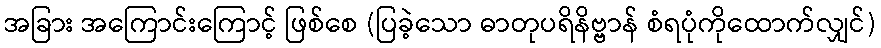
အခြား အကြောင်းကြောင့် ဖြစ်စေ (ပြခဲ့သော ဓာတုပရိနိဗ္ဗာန် စံရပုံကိုထောက်လျှင်)